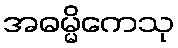
အဓမ္မိကေသု